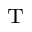
_ \mathrm { T }